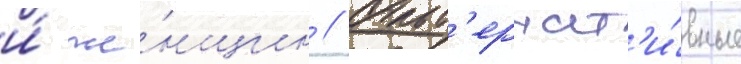
и́ же́нщин // Альт'ернат'и́вные